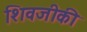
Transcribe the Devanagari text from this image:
शिवजीकी